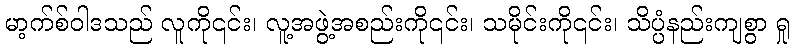
မာ့က်စ်ဝါဒသည် လူကို၎င်း၊ လူ့အဖွဲ့အစည်းကို၎င်း၊ သမိုင်းကို၎င်း၊ သိပ္ပံနည်းကျစွာ ရှု